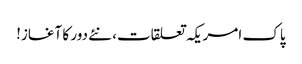
پاک امریکہ تعلقات، نئے دور کا آغاز!